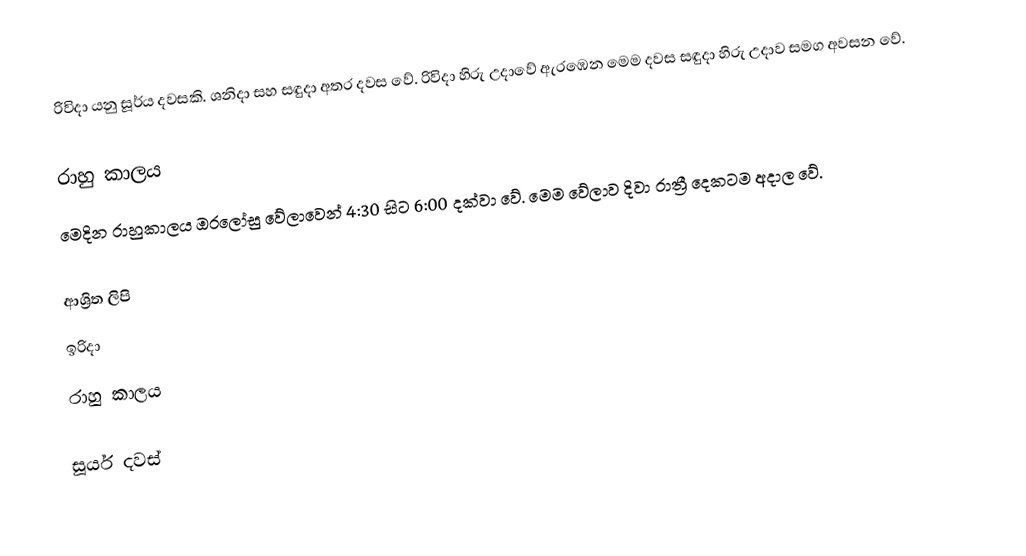
රිවිදා යනු සූර්ය දවසකි. ශනිදා සහ සඳුදා අතර දවස වේ. රිවිදා හිරු උදාවේ ඇරඹෙන මෙම දවස සඳුදා  හිරු උදාව සමග අවසන වේ.

රාහු කාලය
මෙදින රාහුකාලය ඔරලෝසු වේලාවෙන් 4:30 සිට 6:00 දක්වා වේ. මෙම වේලාව දිවා රාත්‍රී දෙකටම අදාල වේ.

ආශ්‍රිත ලිපි
 ඉරිදා
 රාහු කාලය

සූර්ය දවස්